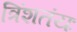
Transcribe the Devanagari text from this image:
त्रिंशतंयः